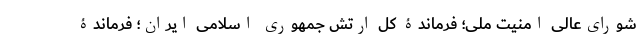
شورای‌عالی امنیت ملی؛ فرماندۀ کل ارتش جمهوری اسلامی ایران؛ فرماندۀ